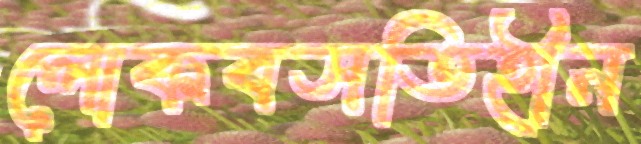
লোকবসতিহীন